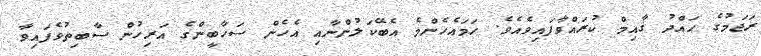
ރަޖަމުގެ ޙައްދު ޤާއިމް ކުރައްވާފައިވެއެވެ. ހަމައެހެންމެ އެބޭކަލުންނާއި އެހެން ސަހާބީންގެ އަރިހުން ސާބިތުވެފައިވާ